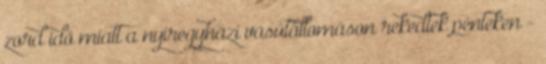
zord idő miatt a nyíregyházi vasútállomáson rekedtek pénteken -